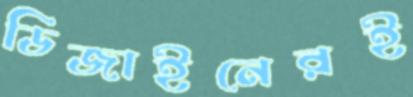
ডিজাইনেরই